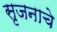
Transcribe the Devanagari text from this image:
सृजनाचे